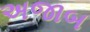
અજાબ